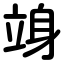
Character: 竧